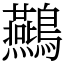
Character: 䴏